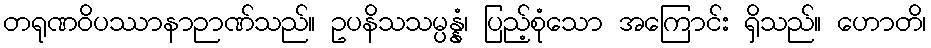
တရုဏဝိပဿာနာဉာဏ်သည်။ ဥပနိသသမ္ပန္နံ၊ ပြည့်စုံသော အကြောင်း ရှိသည်။ ဟောတိ၊